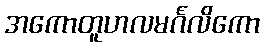
အကောတူဟလမင်္ဂလိကော